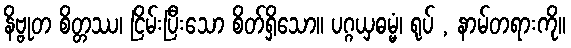
နိဗ္ဗုတ စိတ္တဿ၊ ငြိမ်းပြီးသော စိတ်ရှိသော။ ပဂ္ဂယှဓမ္မံ၊ ရုပ် , နာမ်တရားကို။